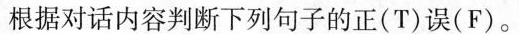
根据对话内容判断下列句子的正(T)误(F).